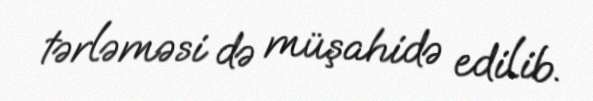
tərləməsi də müşahidə edilib.